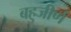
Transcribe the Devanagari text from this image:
बहुजीर्ण